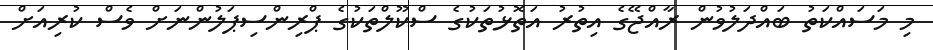
މި މަސައްކަތު ބައްދަލުވުން ރާއްޖޭގެ އިތުރު އަތޮޅުތަކުގެ ސްކޫލްތަކުގެ ޕްރިންސިޕަލުންނަށް ވެސް ކުރިއަށް